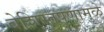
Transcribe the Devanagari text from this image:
बेशिस्तपणामुळे